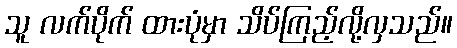
သူ လက်ပိုက် ထားပုံမှာ သိပ်ကြည့်လို့လှသည်။